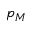
p _ { M }